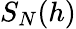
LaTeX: S_{N}(h)